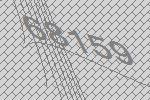
68159